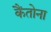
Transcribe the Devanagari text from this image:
कैंतोना